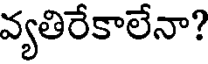
వ్యతిరేకాలేనా?